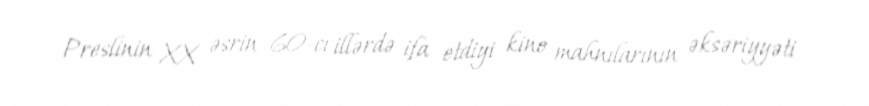
Preslinin XX əsrin 60-cı illərdə ifa etdiyi kino mahnılarının əksəriyyəti